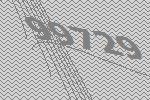
99729